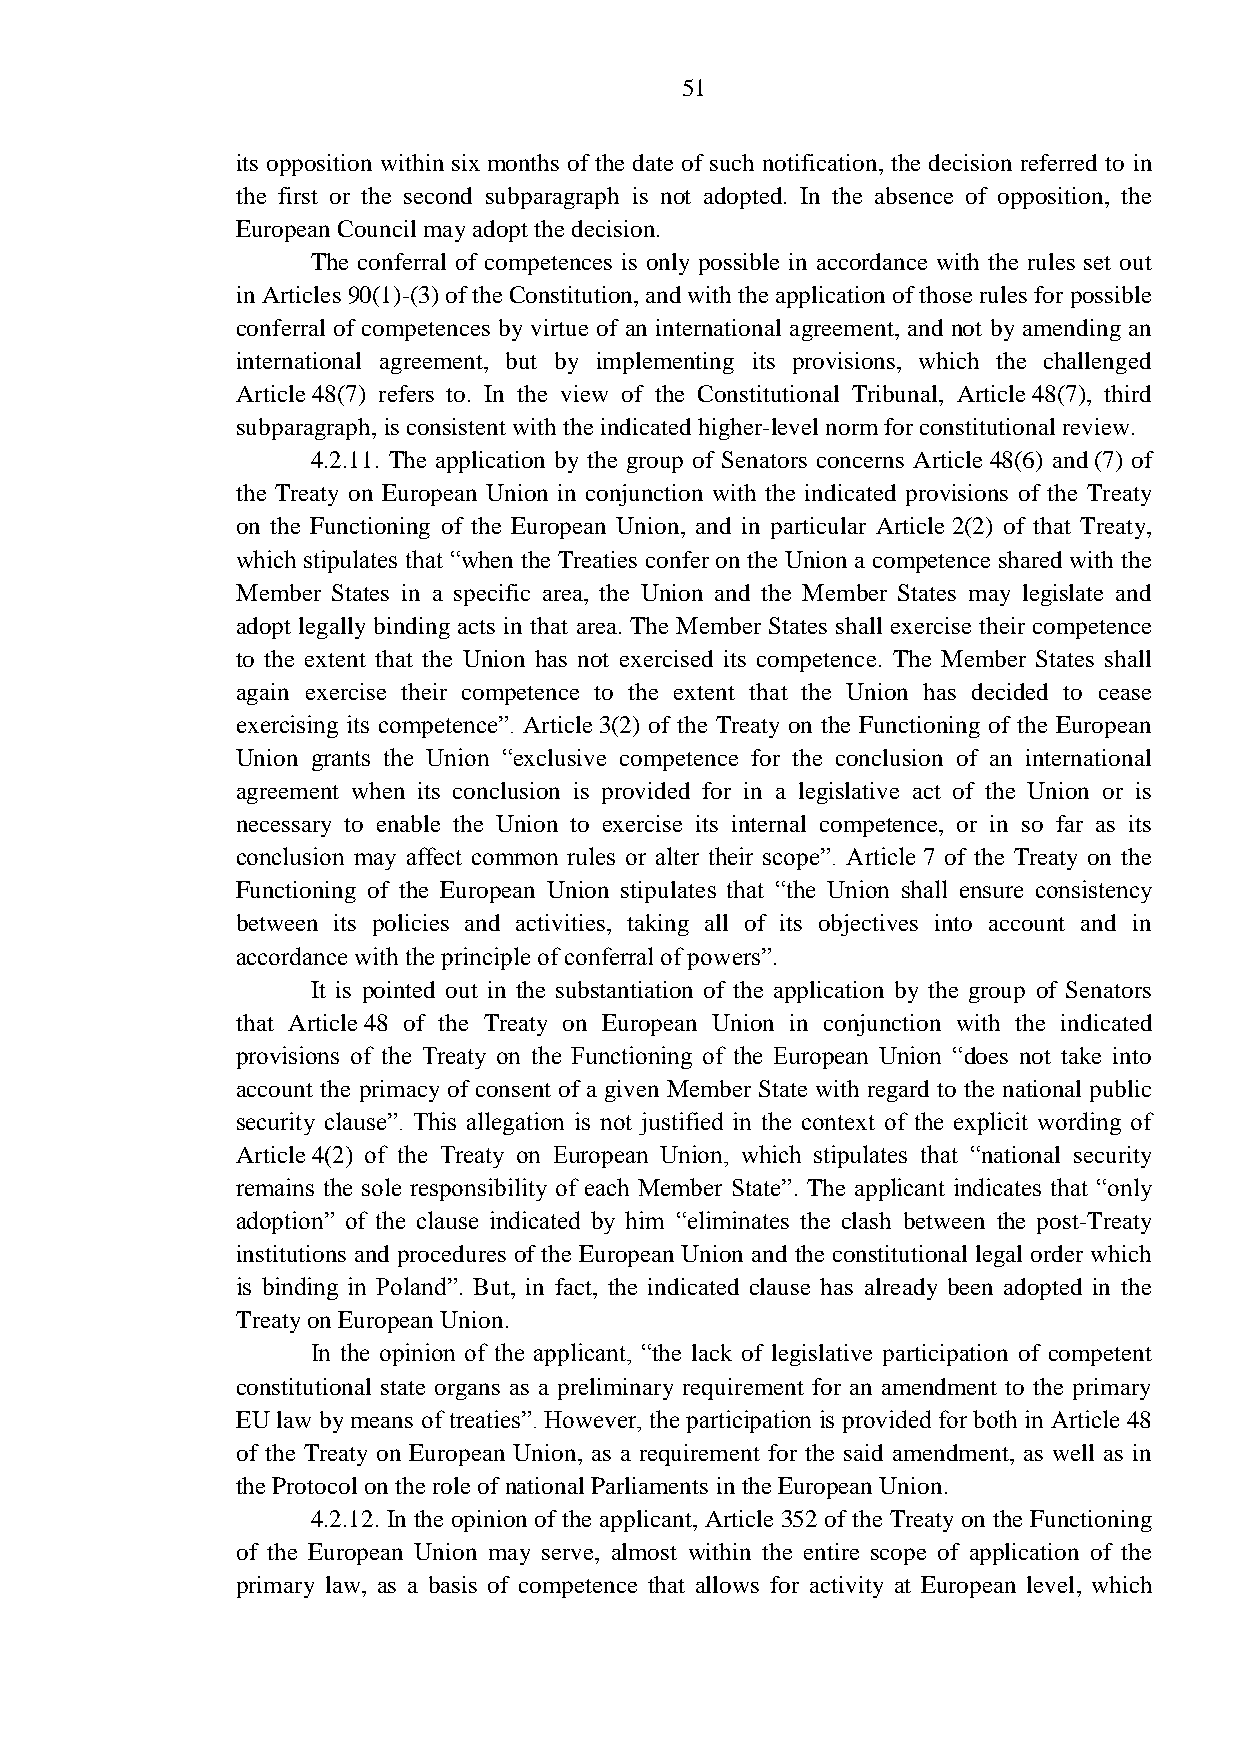
51
 its opposition within six months of the date of such notification, the decision referred to in
 the first or the second subparagraph is not adopted. In the absence of opposition, the
 European Council may adopt the decision.
 The conferral of competences is only possible in accordance with the rules set out
 in Articles 90(1)-(3) of the Constitution, and with the application of those rules for possible
 conferral of competences by virtue of an international agreement, and not by amending an
 international agreement, but by implementing its provisions, which the challenged
 Article 48(7) refers to. In the view of the Constitutional Tribunal, Article 48(7), third
 subparagraph, is consistent with the indicated higher-level norm for constitutional review.
 4.2.11. The application by the group of Senators concerns Article 48(6) and (7) of
 the Treaty on European Union in conjunction with the indicated provisions of the Treaty
 on the Functioning of the European Union, and in particular Article 2(2) of that Treaty,
 which stipulates that “when the Treaties confer on the Union a competence shared with the
 Member States in a specific area, the Union and the Member States may legislate and
 adopt legally binding acts in that area. The Member States shall exercise their competence
 to the extent that the Union has not exercised its competence. The Member States shall
 again exercise their competence to the extent that the Union has decided to cease
 exercising its competence”. Article 3(2) of the Treaty on the Functioning of the European
 Union grants the Union “exclusive competence for the conclusion of an international
 agreement when its conclusion is provided for in a legislative act of the Union or is
 necessary to enable the Union to exercise its internal competence, or in so far as its
 conclusion may affect common rules or alter their scope”. Article 7 of the Treaty on the
 Functioning of the European Union stipulates that “the Union shall ensure consistency
 between its policies and activities, taking all of its objectives into account and in
 accordance with the principle of conferral of powers”.
 It is pointed out in the substantiation of the application by the group of Senators
 that Article 48 of the Treaty on European Union in conjunction with the indicated
 provisions of the Treaty on the Functioning of the European Union “does not take into
 account the primacy of consent of a given Member State with regard to the national public
 security clause”. This allegation is not justified in the context of the explicit wording of
 Article 4(2) of the Treaty on European Union, which stipulates that “national security
 remains the sole responsibility of each Member State”. The applicant indicates that “only
 adoption” of the clause indicated by him “eliminates the clash between the post-Treaty
 institutions and procedures of the European Union and the constitutional legal order which
 is binding in Poland”. But, in fact, the indicated clause has already been adopted in the
 Treaty on European Union.
 In the opinion of the applicant, “the lack of legislative participation of competent
 constitutional state organs as a preliminary requirement for an amendment to the primary
 EU law by means of treaties”. However, the participation is provided for both in Article 48
 of the Treaty on European Union, as a requirement for the said amendment, as well as in
 the Protocol on the role of national Parliaments in the European Union.
 4.2.12. In the opinion of the applicant, Article 352 of the Treaty on the Functioning
 of the European Union may serve, almost within the entire scope of application of the
 primary law, as a basis of competence that allows for activity at European level, which